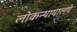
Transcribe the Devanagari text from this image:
लोकन्यायालये